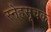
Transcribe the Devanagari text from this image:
स्नेहसूचक